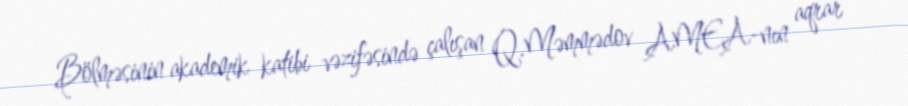
Bölməsinin akademik katibi vəzifəsində çalışan Q.Məmmədov AMEA-nın aqrar